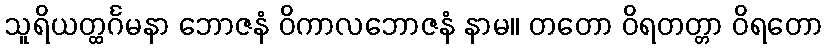
သူရိယတ္ထင်္ဂမနာ ဘောဇနံ ဝိကာလဘောဇနံ နာမ။ တတော ဝိရတတ္တာ ဝိရတော